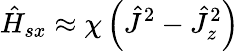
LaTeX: \hat{H}_{sx}\approx\chi\left(\hat{J}^{2}-\hat{J}_{z}^{2}\right)